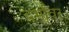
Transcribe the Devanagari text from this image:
दर्भावर